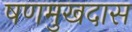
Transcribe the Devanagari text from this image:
षणमुखदास